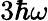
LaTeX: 3\hbar\omega